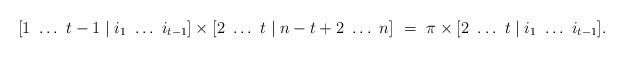
LaTeX: \begin{align*}[1\ \dots\ t-1 \mid i_1\ \dots\ i_{t-1}] \times [2\ \dots\ t \mid n-t+2\ \dots\ n]\ =\ \pi\times [2\ \dots\ t \mid i_1\ \dots\ i_{t-1}].\end{align*}